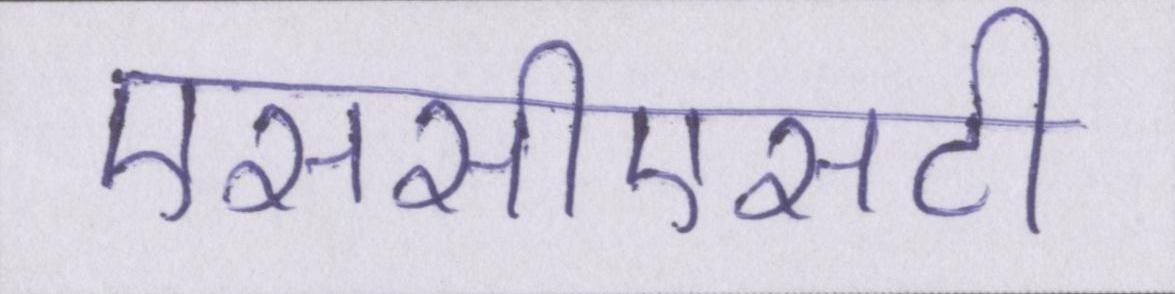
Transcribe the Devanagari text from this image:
एससीएसटी